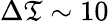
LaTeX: \Delta\mathfrak{T}\sim10